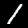
Label: 1